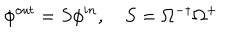
\phi ^ { o u t } = S \phi ^ { i n } , \quad S = \Omega ^ { - \dagger } \Omega ^ { + }